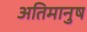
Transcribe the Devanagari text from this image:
अतिमानुष